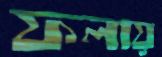
ফলায়